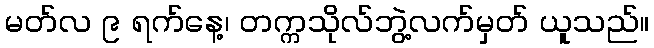
မတ်လ ၉ ရက်နေ့၊ တက္ကသိုလ်ဘွဲ့လက်မှတ် ယူသည်။